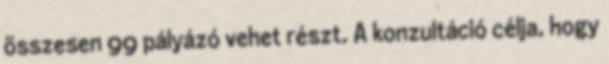
összesen 99 pályázó vehet részt. A konzultáció célja, hogy